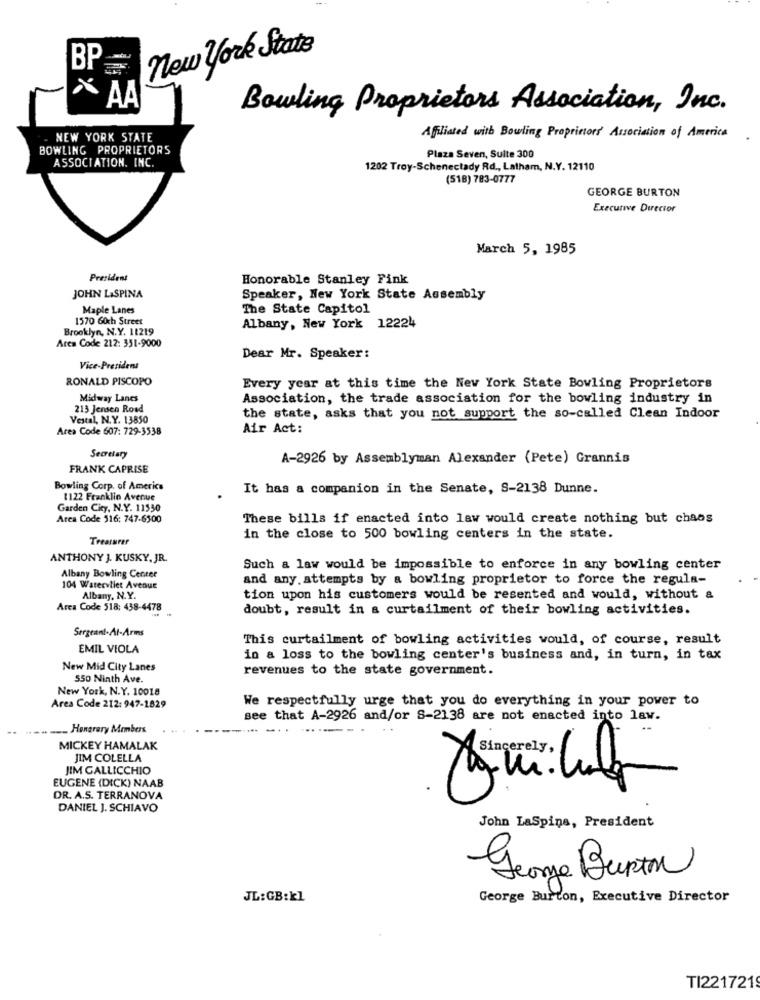
new York State
BP
AA
Bowling Proprietors Association, Inc.
NEW YORK STATE
Afiliated with Bowling Proprietors' Association of America
BOWLING PROPRIETORS
ASSOCIATION. INC.
Plaza Seven, Sulte 300
1202 Troy-Schenectady Rd ., Latham, N.Y. 12110
(518) 783-0777
GEORGE BURTON
Executive Director
March 5, 1985
President
Honorable Stanley Fink
JOHN LASPINA
Speaker, New York State Assembly
Maple Lanes
The State Capitol
1570 6och Street
Brooklyn, N.Y. 11219
Albany, New York 12224
Area Code 212: 351-9000
Dear Mr. Speaker:
Vice-President
RONALD PISCOPO
Every year at this time the New York State Bowling Proprietors
Midway Lanes
Association, the trade association for the bowling industry in
213 Jensen Road
Vestal, N.Y. 13850
the state, asks that you not support the so-called Clean Indoor
Area Code 607: 729-3538
Air Act:
Secretary
A-2926 by Assemblyman Alexander (Pete) Grannis
FRANK CAPRISE
Bowling Corp. of America
It has a companion in the Senate, S-2138 Dunne.
1122 Franklin Avenue
Garden City, N.Y. 11550
Area Code 316: 747-6500
These bills if enacted into law would create nothing but chaos
Treasurer
in the close to 500 bowling centers in the state.
ANTHONY J. KUSKY, JR.
Such a law would be impossible to enforce in any bowling center
Albany Bowling Center
and any. attempts by a bowling proprietor to force the regula-
104 Watervliet Avenue
Albany, N.Y.
tion upon his customers would be resented and would, without a
Area Code 518: 438-4478
doubt, result in a curtailment of their bowling activities.
Sergeant. At-Arms
This curtailment of bowling activities would, of course, result
EMIL VIOLA
in a loss to the bowling center's business and, in turn, in tax
New Mid City Lanes
revenues to the state government.
550 Ninth Ave.
New York, N.Y. 10018
We respectfully urge that you do everything in your power to
Area Code 212: 947-1829
see that A-2926 and/or S-2138 are not enacted into law.
Honorary Members
MICKEY HAMALAK
JIM COLELLA
JIM GALLICCHIO
EUGENE (DICK) NAAB
DR. A.S. TERRANOVA
DANIEL J. SCHIAVO
John LaSpins, President
George Burton
JL: GB:kl
George Burton, Executive Director
TI221721